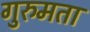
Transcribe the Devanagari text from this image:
गुरुमता